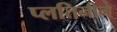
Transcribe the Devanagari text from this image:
प्लतिनीने